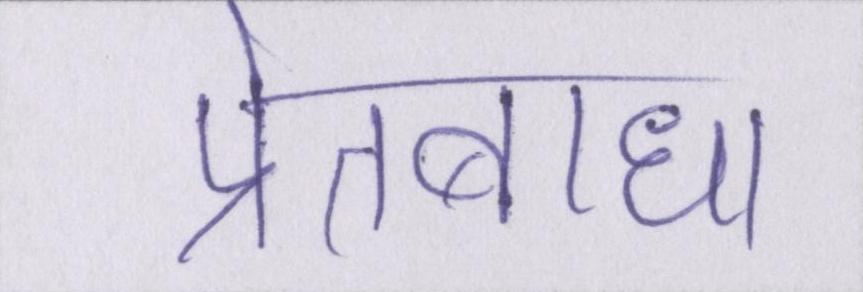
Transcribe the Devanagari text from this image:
प्रेतबाधा